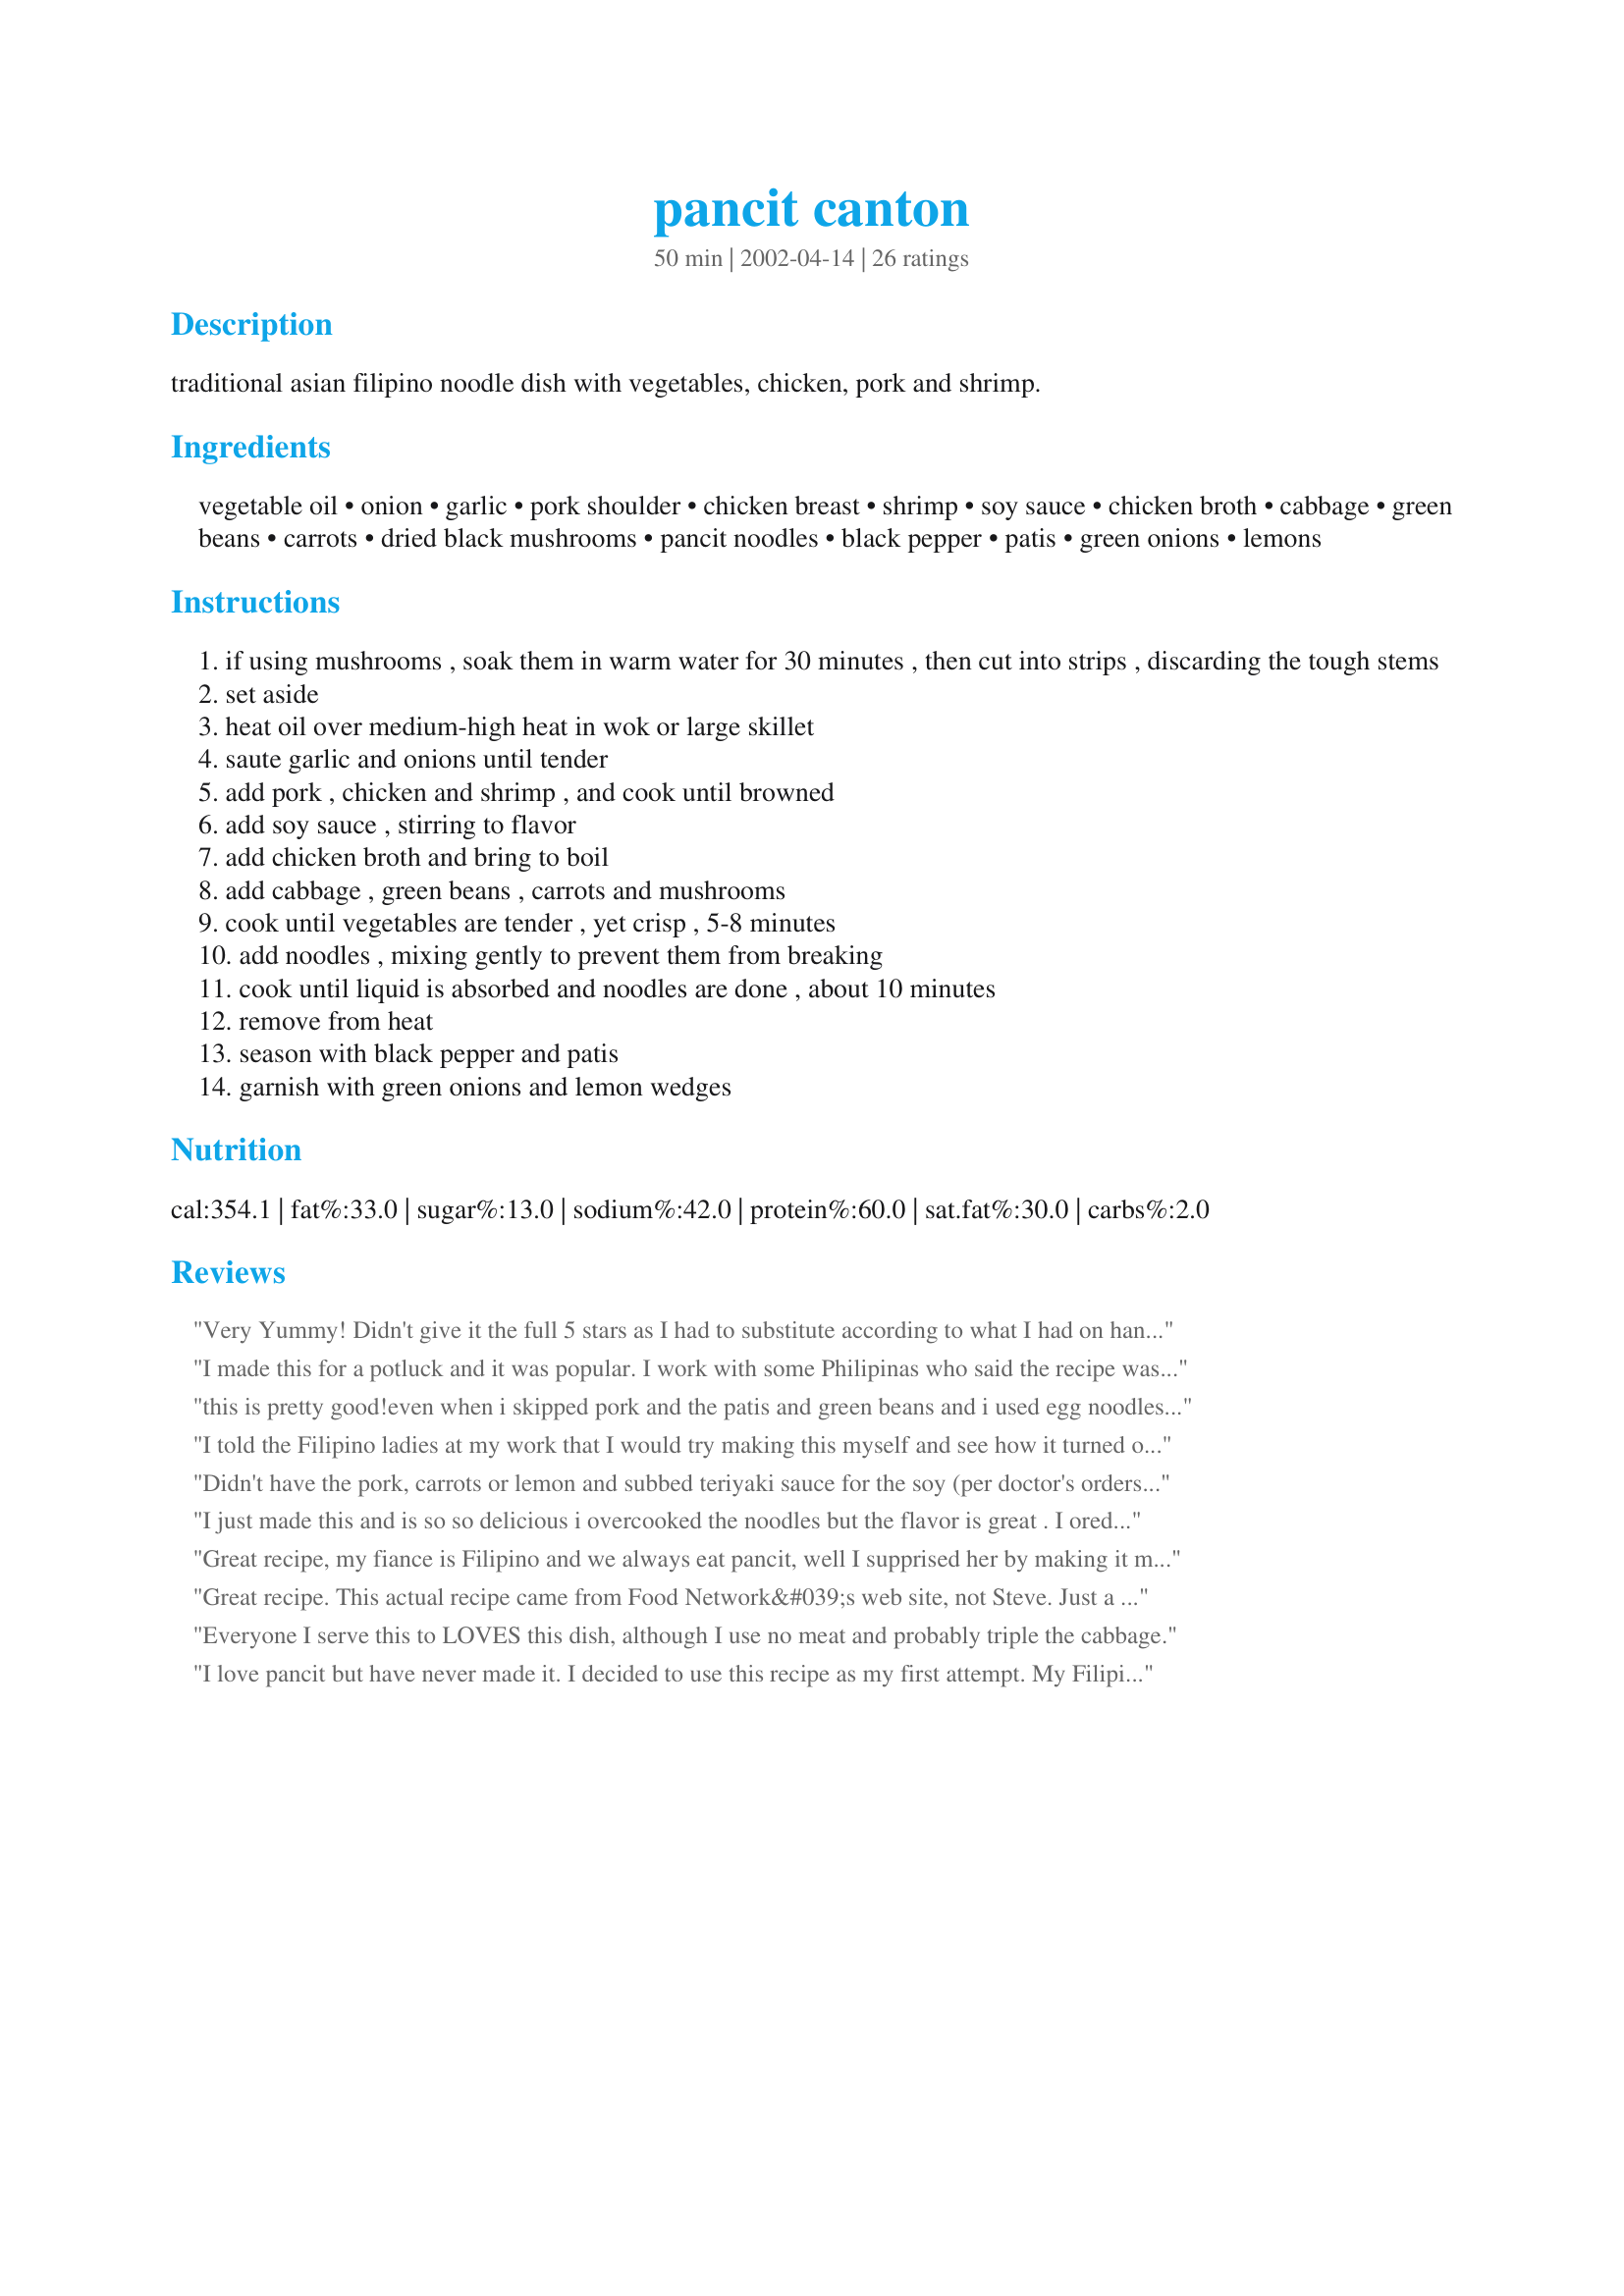
pancit canton
Preparation time: 50 minutes

traditional asian filipino noodle dish with vegetables, chicken, pork and shrimp.

Ingredients:
vegetable oil, onion, garlic, pork shoulder, chicken breast, shrimp, soy sauce, chicken broth, cabbage, green beans, carrots, dried black mushrooms, pancit noodles, black pepper, patis, green onions, lemons

Steps:
if using mushrooms , soak them in warm water for 30 minutes , then cut into strips , discarding the tough stems
set aside
heat oil over medium-high heat in wok or large skillet
saute garlic and onions until tender
add pork , chicken and shrimp , and cook until browned
add soy sauce , stirring to flavor
add chicken broth and bring to boil
add cabbage , green beans , carrots and mushrooms
cook until vegetables are tender , yet crisp , 5-8 minutes
add noodles , mixing gently to prevent them from breaking
cook until liquid is absorbed and noodles are done , about 10 minutes
remove from heat
season with black pepper and patis
garnish with green onions and lemon wedges

Reviews:
Very Yummy! Didn't give it the full 5 stars as I had to substitute according to what I had on hand: used olive oil, only chicken breasts, and jullienned zucchini in place of the cabbage (but all the rest of ingredients were the same). Also used brown rice vermicelli noodles for which i had to add an extra cup and a half of water (on top of the 2 cups of chick stock) and cook for the last phase with a lid on so all the noodles cooked properly. my son loved it and he usually doesn't eat much dinner so I'll definately be adding this to the repetoire!
I made this for a potluck and it was popular. I work with some Philipinas who said the recipe was very authentic. I posted a picture of the one I made. I left out shrimp and substituted peas for the green beans for the potluck, but plan on putting in shrimp next time for me!
this is pretty good!even when i skipped pork and the patis and green beans and i used egg noodles instead of wheat noodles. the noodles were a bit too tender. but my danish friends still loved it! nice!
I told the Filipino ladies at my work that I would try making this myself and see how it turned out. Thanks for the great recipe, it tastes just like their Pancit.
Didn't have the pork, carrots or lemon and subbed teriyaki sauce for the soy (per doctor's orders) and I added ginger for extra flavor. This turned out very well. Thank you so much for a recipe that could be used as a 'base' as well as how it is written.
I just made this and is so so delicious i overcooked the noodles but the flavor is great . I ored te mushrooms because I don&#039;t like the maybe nest time I will try with and see.
Great recipe, my fiance is Filipino and we always eat pancit, well I supprised her by making it myself. Man was she impressed.. You did a great job thanks for posting your recipe!!
Great recipe. This actual recipe came from Food Network&#039;s web site, not Steve. Just a tip - do all the prep work ahead of time and try blanching the veggies for a few minutes and set aside before adding to the noodles.
Everyone I serve this to LOVES this dish, although I use no meat and probably triple the cabbage.
I love pancit but have never made it. I decided to use this recipe as my first attempt. My Filipino MIL tried to take over and make it her way. I wouldn't let her so I could rate this properly. The only thing I left out was the mushrooms. My MIL says this recipe has WAY too much meat. She says Filipinos tend to only use the meat as a flavor in very small amounts in Pancit. There was so much meat it didn't brown, even after adding more oil. My MIL also says it should have more vegetables, especially cabbage. She says to heat the oil until it's smoking hot in a large flat skillet and then the meat will brown. Overall, I think this pancit still tasted good but is just not traditional style. Pancit is wonderful with fresh lime squeezed over it.
my phillipina friend made this for a party in high school and i stupidly did not get the recipe thanks for posting it
Definitely a keeper. The entire family loved it. I left out the cabbage and mushrooms to suit my picky eaters, but it was still just terrific. I'll make this often and it's really pretty inexpensive, too.
My first Phillipino recipe. Tasted delicious. Not too hard to make.
Terrific recipe for pancit. Only change I made was adding chopped up leftover pork chops and some celery. I love it!
OMG, Steve1!! This was soooo good! I forgot to defrost the pork, so just added another 1/2 pound of shrimp, only had 8 oz. noodles, and did not add mushrooms, but, oh the flavor was so good. I gave you a shoutout to all my Facebook friends including the recipe number. Thanks for a FANTASTIC dinner!
This recipe is easy to cook and very tasty. My family really enjoyed it, its definitely a keeper. Thanks 1steve.
Thanks for posting this recipe! My Mom makes it the same way except that she uses less meat and adds some oyster sauce in it. I guess you can use any veggies when you're making pancit but your list of veggies is the real thing, that's how it is back home.
The changes that I made were to add sliced celery and added peapods. I only used chicken and used what I had on hand- a chicken breast and some deboned chicken thighs. Very good!! My family and I really liked this and my husband is Filipino. Easiest directions I've followed in order to make this dish and turned out well. Thanks for sharing this!
Our family thought this recipe was just SUPER!
My husband, and 4 kids want me to make it all the time...LOL This will be a favorite in our famil :) Thank you so much
Only made a few changes, used bihon noodles with pancit noodles, boneless thighs instead of breasts, and added celery. I also did not add the mushrooms. LOVED IT!! Thanks for sharing.
I made this for my family about a week ago and they couldn't get enough. I am making again today. The flavor was simply superb!
Delicious tasted just like my moms pancit. Only a few variations I made to this was that i used a pork loin cut into small strips, also I used mixture of the canton noodles as stated along with bihon noodles as well love them both so why not use both!!!!! And also put alot more soy sauce adjusted to my liking but I didn't have any green onion or lemon so I just left those out. Made this twice already thanks for such an easy and authentic recipe.
I followed this recipe exactly the first time I ever made pancit for my Filipino boyfriend and he loved it. This time, followed the recipe but made some variations according to what I had on hand... it may not even be pancit anymore, haha :) But it came out delicious! I used only ground beef, left out the fish sauce and added a tbsp. of curry powder, added a tbsp. of chili paste, sauteed ginger with the garlic, used regular sliced mushrooms, left out the green beans, and topped it off with cilantro. My boyfriend and I loved it :) Thanks for a great recipe!
We have a phillipino nanny and she said that this was pretty authentic. I did, however, add 2 more tbsp of soya sauce and 1 tbsp of fish sauce. In my opinion, the fish sauce is a must - to give the dish the depth of flavour. We will make again. Thanks Steve1
Loved it!!! I have made this for my family twice now. I made a small change with the recipe. Instead of cabbage, green beans etc. I just used half a bag of cole slaw (w/o dressing) It was sooo much easier, the carrots and cabbage are already shredded and it cuts down on the work. I also used a little bit more broth than called for. My family loves it with shrimp and chicken. Yummy!!!
This recipe is my DS favorite dish. He begs for it. We omitted the mushroom because some do not like and we left out the lemon and patis. We love this dish and have it often. My kids even eat the leftovers for breakfast.
